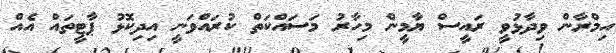
އިމްރާން ވިދާޅުވީ ރައީސް ޔާމީން މިހާރު މަސައްކަތް ކުރައްވަނީ އިދިކޮޅު ޕާޓީތައް އެއް